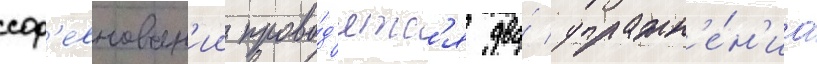
сор'евнован'ии прово́д'ятс'я два́ упражн'е́н'иа